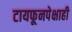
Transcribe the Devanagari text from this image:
टायफूनपेक्षाही